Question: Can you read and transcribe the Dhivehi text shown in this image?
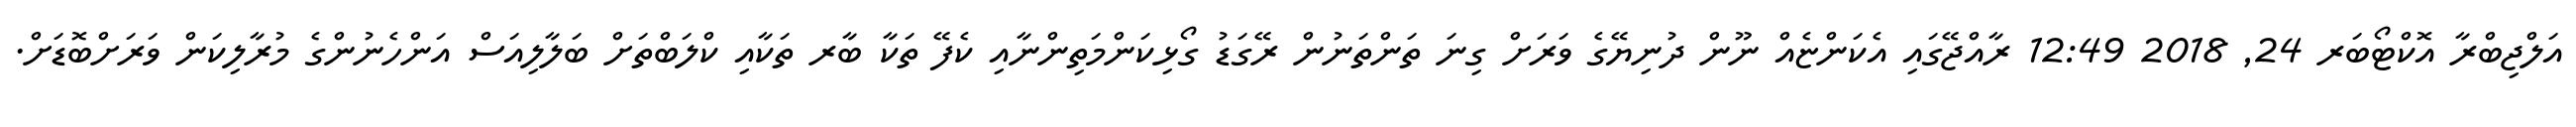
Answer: އަލްޖިބްރާ އޮކްޓޯބަރ 24, 2018 12:49 ރާއްޖޭގައި އެކަންޏެއް ނޫން ދުނިޔޭގެ ވަރަށް ގިނަ ތަންތަނުން ރޭގަޑު ގޯޅިކަންމަތިންނާއި ކެފޭ ތަކާ ބާރ ތަކާއި ކްލަބްތަށް ބަލާލިއަސް އަންހެނުންގެ މުރާލިކަން ވަރަށްބޮޑަށް.